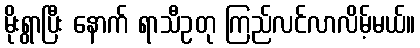
မိုးရွာပြီး နောက် ရာသီဥတု ကြည်လင်လာလိမ့်မယ်။